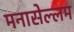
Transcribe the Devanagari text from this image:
मनासेल्लम